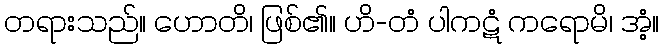
တရားသည်။ ဟောတိ၊ ဖြစ်၏။ ဟိ-တံ ပါကဋံ ကရောမိ၊ အံ့။